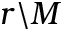
r \backslash M